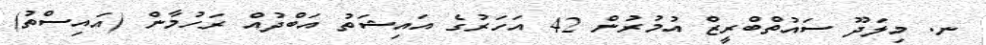
ނ. މިލަދޫ ސައުތްބްރީޒް އުމުރުން 42 އަހަރުގެ އައިޝަތު އަބްދުއް ރަހުމާން (އައިސްތު)